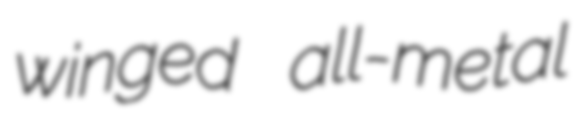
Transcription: winged all-metal